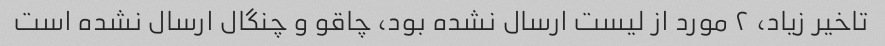
تاخیر زیاد، ۲ مورد از لیست ارسال نشده بود، چاقو و چنگال ارسال نشده است